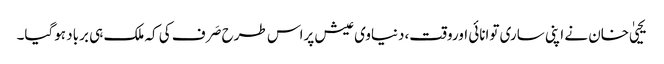
یحییٰ خان نے اپنی ساری توانائی اوروقت،دنیاوی عیش پراس طرح صَرف کی کہ ملک ہی برباد ہوگیا۔